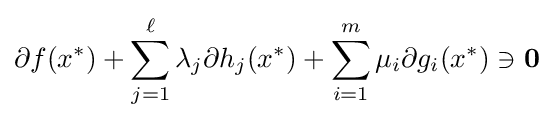
\partial f(x^{*})+\sum _{j=1}^{\ell }\lambda _{j}\partial h_{j}(x^{*})+\sum _{i=1}^{m}\mu _{i}\partial g_{i}(x^{*})\ni \mathbf {0}